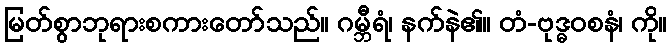
မြတ်စွာဘုရားစကားတော်သည်။ ဂမ္ဘီရံ၊ နက်နဲ၏။ တံ-ဗုဒ္ဓဝစနံ၊ ကို။